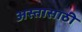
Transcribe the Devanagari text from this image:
अस्तासाठी